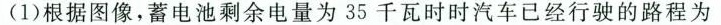
(1)根据图像，蓄电池剩余电量为35千瓦时时汽车已经行驶的路程为